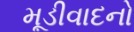
મૂડીવાદનો